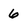
Character: 6